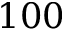
1 0 0